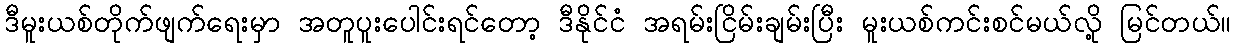
ဒီမူးယစ်တိုက်ဖျက်ရေးမှာ အတူပူးပေါင်းရင်တော့ ဒီနိုင်ငံ အရမ်းငြိမ်းချမ်းပြီး မူးယစ်ကင်းစင်မယ်လို့ မြင်တယ်။